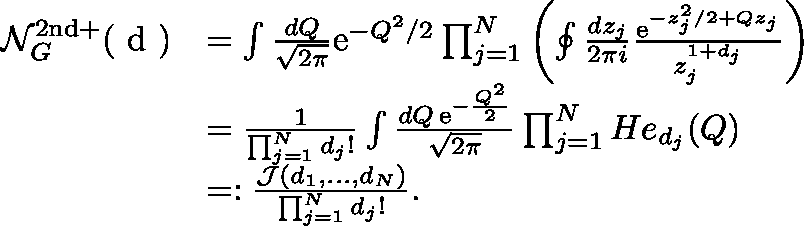
\begin{array} { r l } { \mathcal { N } _ { G } ^ { \mathrm { 2 n d + } } ( \mathrm { \boldmath ~ d ~ } ) } & { = \int \frac { d Q } { \sqrt { 2 \pi } } \mathrm { e } ^ { - Q ^ { 2 } / 2 } \prod _ { j = 1 } ^ { N } \left( \oint \frac { d z _ { j } } { 2 \pi i } \frac { \mathrm { e } ^ { - z _ { j } ^ { 2 } / 2 + Q z _ { j } } } { z _ { j } ^ { 1 + d _ { j } } } \right) } \\ & { = \frac { 1 } { \prod _ { j = 1 } ^ { N } d _ { j } ! } \int \frac { d Q \, \mathrm { e } ^ { - \frac { Q ^ { 2 } } { 2 } } } { \sqrt { 2 \pi } } \prod _ { j = 1 } ^ { N } H e _ { d _ { j } } ( Q ) } \\ & { = : \frac { \mathcal { J } ( d _ { 1 } , \dots , d _ { N } ) } { \prod _ { j = 1 } ^ { N } d _ { j } ! } . } \end{array}